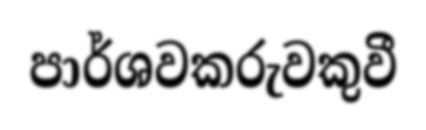
පාර්ශවකරුවකුවී